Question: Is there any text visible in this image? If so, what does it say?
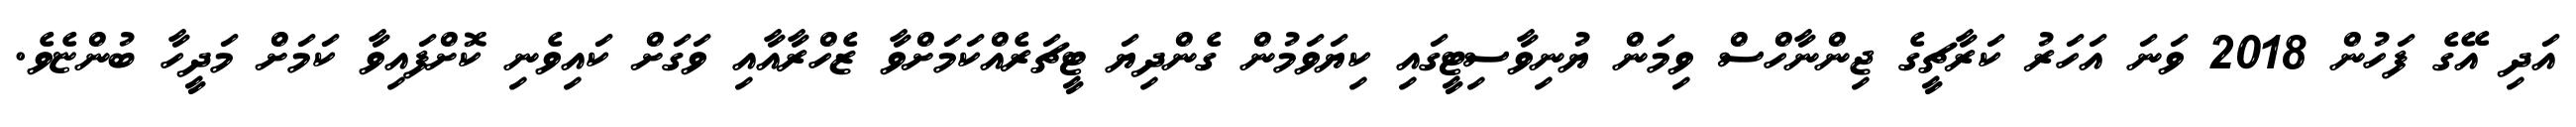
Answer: އަދި އޭގެ ފަހުން 2018 ވަނަ އަހަރު ކަރާޗީގެ ޖިންނާހްސް ވިމަން ޔުނިވާސިޓީގައި ކިޔަވަމުން ގެންދިޔަ ޓީޗަރެއްކަމަށްވާ ޒެހްރާއާއި ވަގަށް ކައިވެނި ކޮށްފައިވާ ކަމަށް މަދީހާ ބުންޏެވެ.